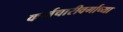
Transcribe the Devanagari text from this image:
कर्मचारीवर्गाच्या